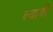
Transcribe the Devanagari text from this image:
ल्यावी